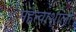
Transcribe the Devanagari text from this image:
महत्वाशाली